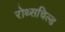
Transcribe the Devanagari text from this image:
रोथ्सचिल्ड